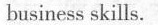
business skills.